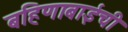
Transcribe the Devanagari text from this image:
बहिणाबाईची